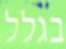
בגלל